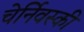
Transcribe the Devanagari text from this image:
चेर्निवस्की